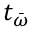
t _ { \bar { \omega } }